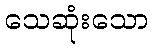
သေဆုံးသော